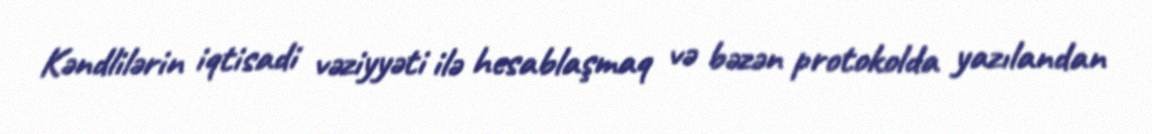
Kəndlilərin iqtisadi vəziyyəti ilə hesablaşmaq və bəzən protokolda yazılandan